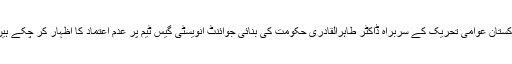
پاکستان عوامی تحریک کے سربراہ ڈاکٹر طاہرالقادری حکومت کی بنائی جوائنٹ انویسٹی گیس ٹیم پر عدم اعتماد کا اظہار کر چکے ہیں۔